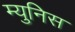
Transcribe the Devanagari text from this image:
म्युनिस